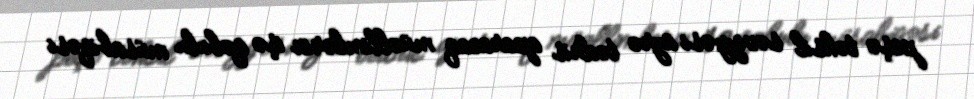
peşə təhsil səviyyəsi üzrə tədris aparacaq müəllimlərin işə qəbulu müsabiqəsi